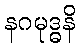
နဂမုဒ္ဓနိ